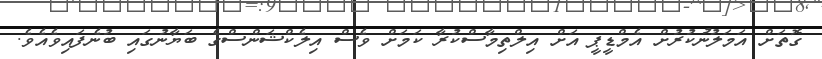
ގޮތަށް އަމަލުނުކުރުށް އެމްޑީޕީ އަށް އިލްތިމާސްކުރާ ކަމަށް ވެސް އިލެކްޝަންސްގެ ބަޔާނުގައި ބުނެފައިވެއެވެ.